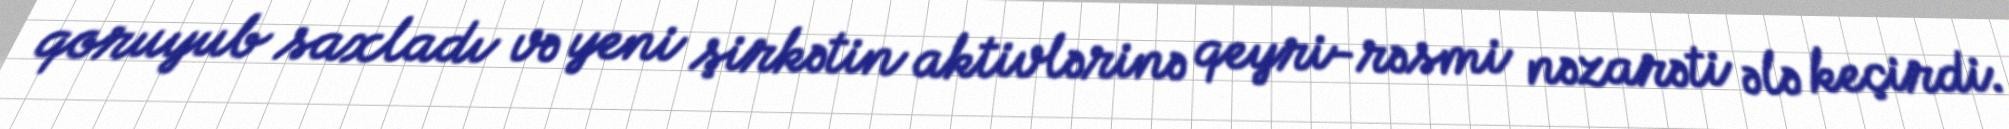
qoruyub saxladı və yeni şirkətin aktivlərinə qeyri-rəsmi nəzarəti ələ keçirdi.